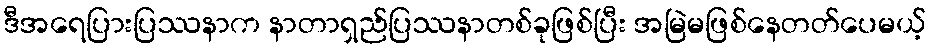
ဒီအရေပြားပြဿနာက နာတာရှည်ပြဿနာတစ်ခုဖြစ်ပြီး အမြဲမဖြစ်နေတတ်ပေမယ့်